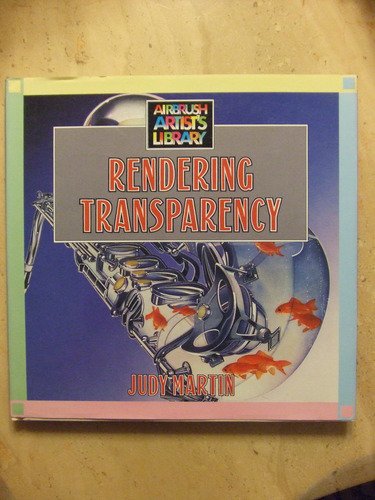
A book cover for Rendering Transparency (Airbrush Artist's Library); Judy Martin; Arts & Photography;